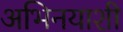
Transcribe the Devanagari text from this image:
अभिनयाशी